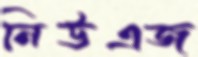
নিউএজ